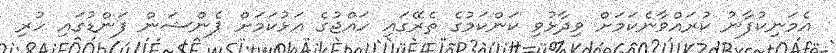
އެމަނިކުފާނު ކުރައްވާނެކަމަށް ވިދާޅުވި ކަންކަމުގެ ތެރޭގައި ހައްޖުގެ އަޅުކަމަށް ޕެންޝަން ފަންޑުގައި ހުރި